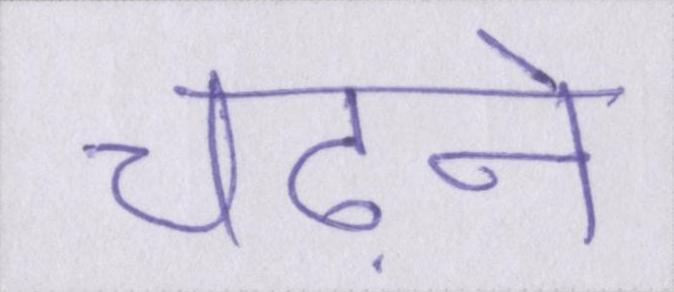
चढ़ाने